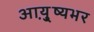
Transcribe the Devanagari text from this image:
आयु़्ष्यभर